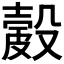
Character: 𥀎